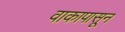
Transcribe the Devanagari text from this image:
वाकापासून